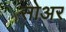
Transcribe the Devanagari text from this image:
सोअर